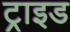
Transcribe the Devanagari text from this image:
ट्राइड